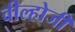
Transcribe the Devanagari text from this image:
वील्होजी